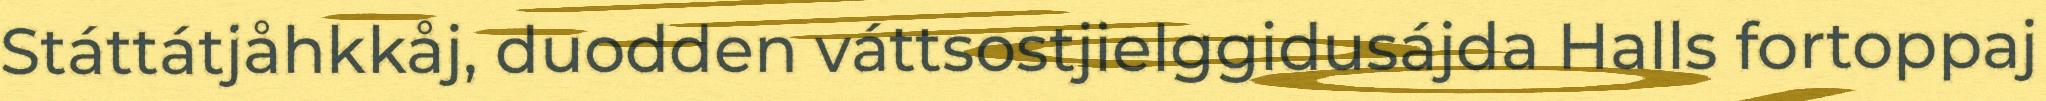
Státtátjåhkkåj, duodden váttsostjielggidusájda Halls fortoppaj